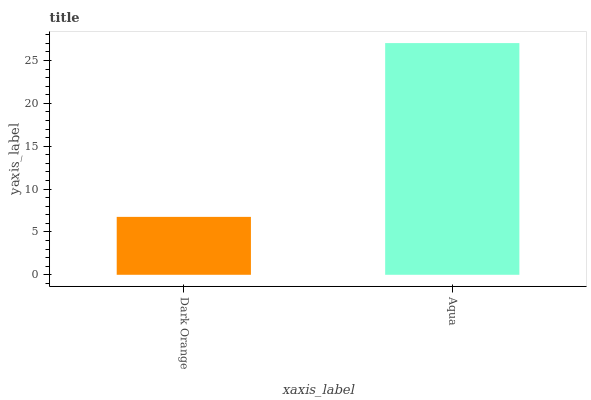
| xaxis_label | bars |
 | --- | --- |
 | Dark Orange | 6.76 |
 | Aqua | 27 |